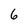
Character: 6